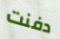
دفنت